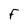
Character: F